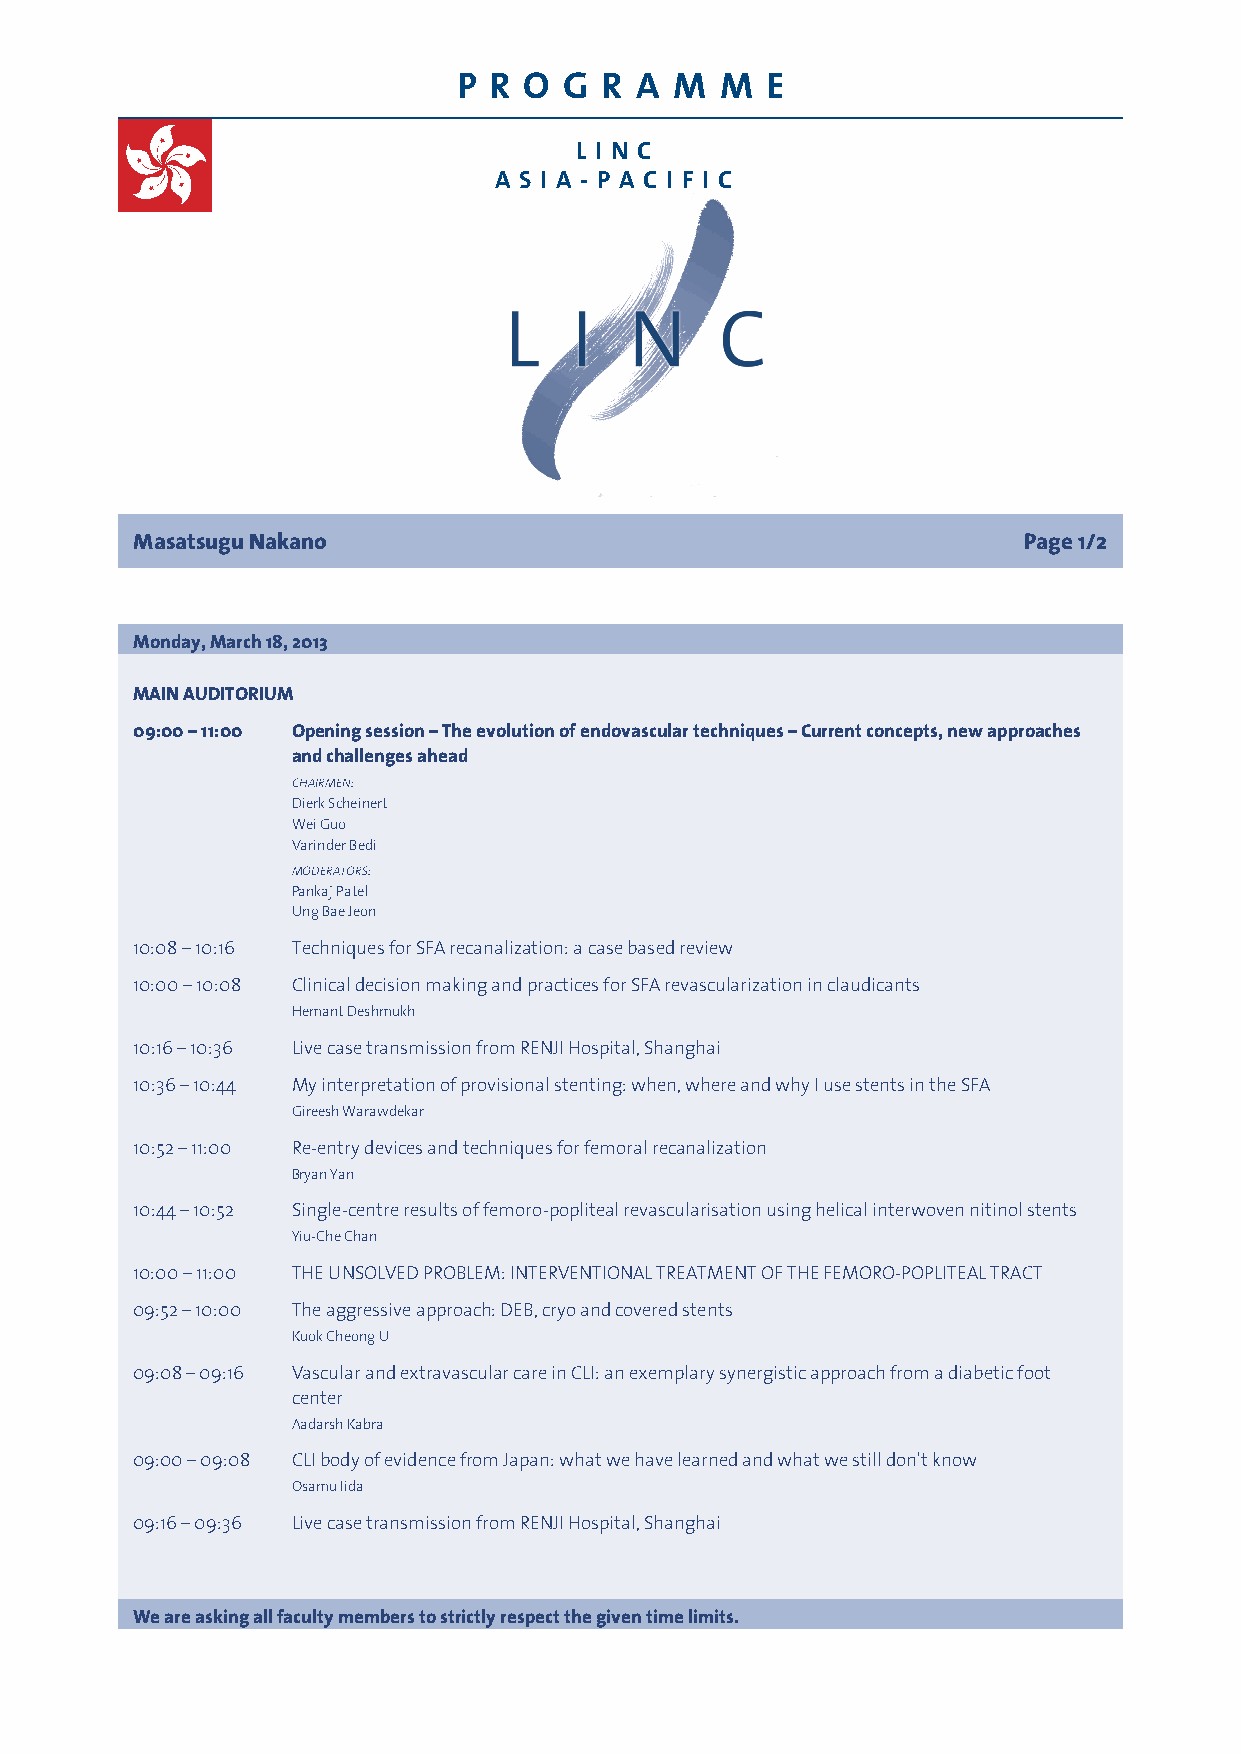
P R  O G  R A  M  M  E
 L I N C
 A S I A - P A C I F I C
 Masatsugu Nakano                                           Page 1/2
 Monday, March 18, 2013
 MAIN AUDITORIUM
 09:00 – 11:00 Opening session – The evolution of endovascular techniques – Current concepts, new approaches
 and challenges ahead
 CHAIRMEN:
 Dierk Scheinert
 Wei Guo
 Varinder Bedi
 MODERATORS:
 Pankaj Patel
 Ung Bae Jeon
 10:08 – 10:16 Techniques for SFA recanalization: a case based review
 10:00 – 10:08 Clinical decision making and practices for SFA revascularization in claudicants
 Hemant Deshmukh
 10:16 – 10:36 Live case transmission from RENJI Hospital, Shanghai
 10:36 – 10:44 My interpretation of provisional stenting: when, where and why I use stents in the SFA
 Gireesh Warawdekar
 10:52 – 11:00 Re-entry devices and techniques for femoral recanalization
 Bryan Yan
 10:44 – 10:52 Single-centre results of femoro-popliteal revascularisation using helical interwoven nitinol stents
 Yiu-Che Chan
 10:00 – 11:00 THE UNSOLVED PROBLEM: INTERVENTIONAL TREATMENT OF THE FEMORO-POPLITEAL TRACT
 09:52 – 10:00 The aggressive approach: DEB, cryo and covered stents
 Kuok Cheong U
 09:08 – 09:16 Vascular and extravascular care in CLI: an exemplary synergistic approach from a diabetic foot
 center
 Aadarsh Kabra
 09:00 – 09:08 CLI body of evidence from Japan: what we have learned and what we still don't know
 Osamu Iida
 09:16 – 09:36 Live case transmission from RENJI Hospital, Shanghai
 We are asking all faculty members to strictly respect the given time limits.